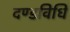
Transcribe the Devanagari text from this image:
दण्डविधि